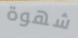
شهوة